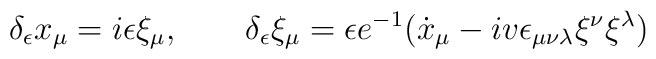
\delta_\epsilon x_\mu=i\epsilon\xi_\mu,\qquad\delta_\epsilon\xi_\mu=\epsilon e^{-1}(\dot{x}_\mu-iv\epsilon_{\mu\nu\lambda}\xi^{\nu}\xi^{\lambda})